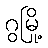
ဂွမြို့